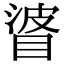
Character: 𥇲